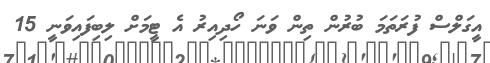
އީގަލްސް ފުރަތަމަ ބުރުން ތިން ވަނަ ހޯދިއިރު އެ ޓީމަށް ލިބިފައިވަނީ 15